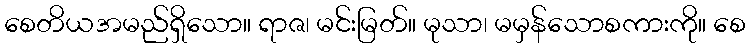
စေတိယအမည်ရှိသော။ ရာဇ၊ မင်းမြတ်။ မုသာ၊ မမှန်သောစကားကို။ စေ